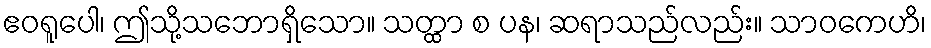
ဧဝရူပေါ၊ ဤသို့သဘောရှိသော။ သတ္ထာ စ ပန၊ ဆရာသည်လည်း။ သာဝကေဟိ၊